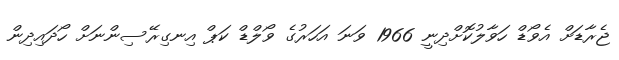
ޖެރާޑަށް އެވޯޑް ހަވާލުކޮށްދިނީ 1966 ވަނަ އަހަރުގެ ވޯލްޑް ކަޕް އިނގިރޭސިންނަށް ހޯދައިދިން